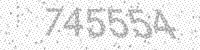
Solution: 745554